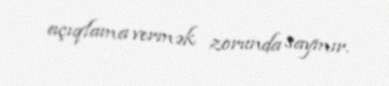
açıqlama vermək zorunda saymır.